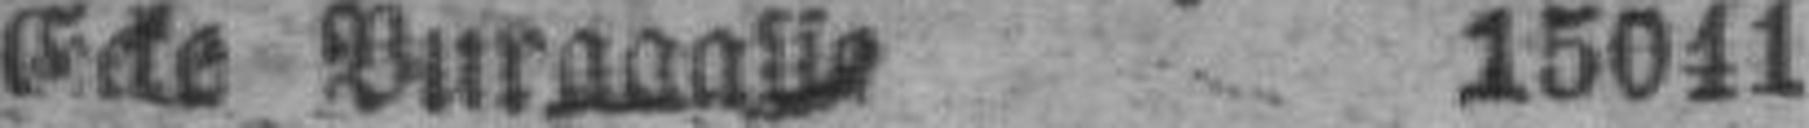
Ecke Vurgasse 15041